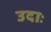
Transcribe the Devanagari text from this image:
उदाः